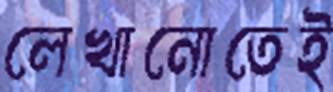
লেখানোতেই